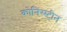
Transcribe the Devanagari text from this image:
कोनिंग्स्टीन